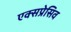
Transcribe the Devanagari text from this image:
एक्सप्रेसिव